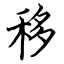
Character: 移